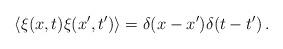
LaTeX: \begin{align*}\langle \xi(x,t)\xi(x',t') \rangle = \delta(x-x')\delta(t-t')\,.\end{align*}